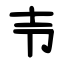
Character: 壭